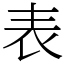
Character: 表